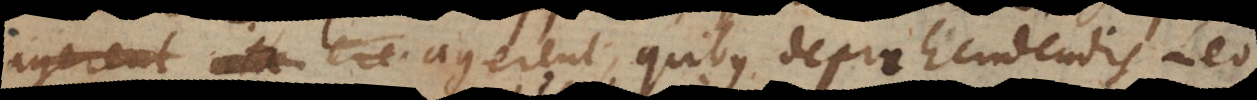
semper ita agerent, quibus deprehendendis Leo